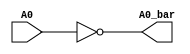
//Verilog HDL for "sram_logic", "inverter_1" "functional"


module inverter_compiler ( A0_bar, A0 );

  input A0;
  output A0_bar;

  assign A0_bar = !A0;

endmodule